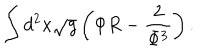
\int d ^ { 2 } x \sqrt { g } \left( \Phi R - \frac { 2 } { \Phi ^ { 3 } } \right) .